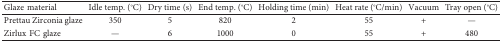
<table><thead><tr><td><b>Glaze material</b></td><td><b>Idle temp. (°C)</b></td><td><b>Dry time (s)</b></td><td><b>End temp. (°C)</b></td><td><b>Holding time (min)</b></td><td><b>Heat rate (°C/min)</b></td><td><b>Vacuum</b></td><td><b>Tray open (°C)</b></td></tr></thead><tbody><tr><td>Prettau Zirconia glaze</td><td>350</td><td>5</td><td>820</td><td>2</td><td>55</td><td>+</td><td>—</td></tr><tr><td>Zirlux FC glaze</td><td>—</td><td>6</td><td>1000</td><td>0</td><td>55</td><td>+</td><td>480</td></tr></tbody></table>